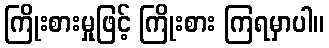
ကြိုးစားမှုဖြင့် ကြိုးစား ကြရမှာပါ။